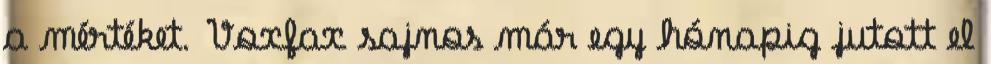
a mértéket. Voxfax sajnos már egy hónapig jutott el